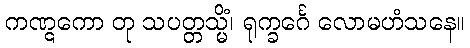
ကဏ္ဋကော တု သပတ္တသ္မိံ၊ ရုက္ခင်္ဂေ လောမဟံသနေ။